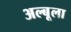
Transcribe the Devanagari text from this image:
अल्बूला